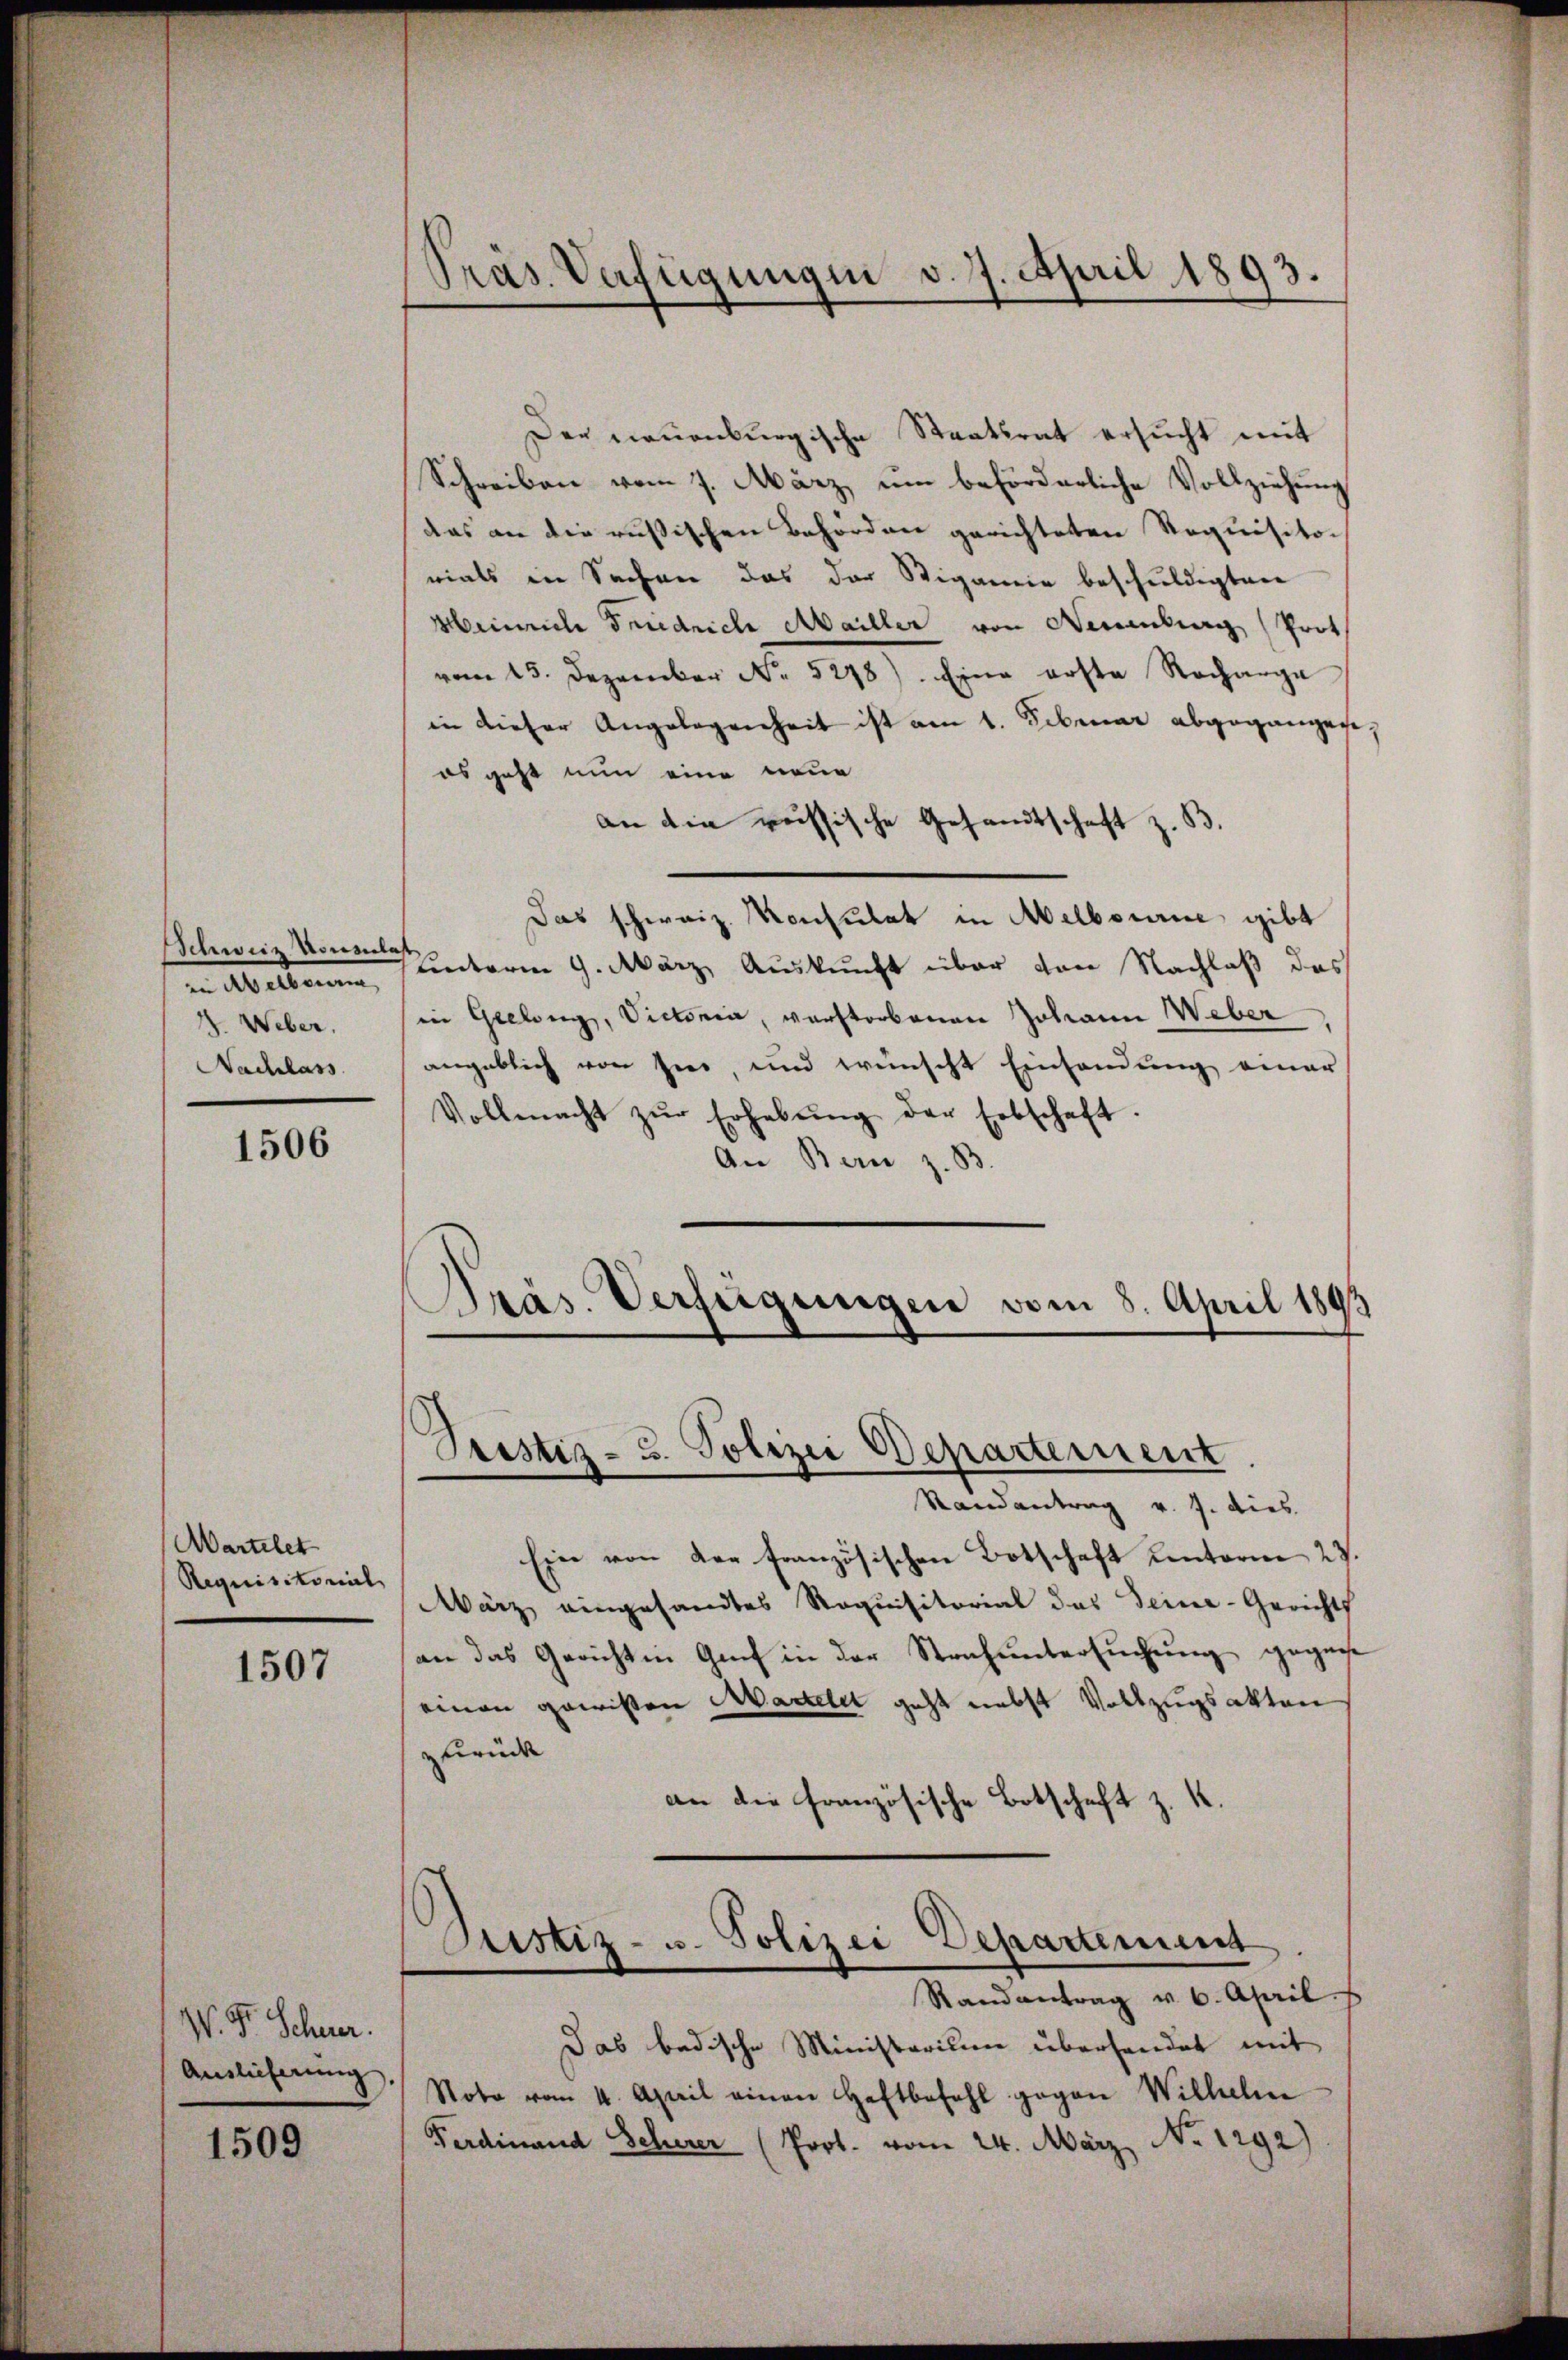
Präs. Verfügungen v. 7. April 1893.

Der neuenburgische Staatsrat ersucht mit
Schreiben vom 7. März, um beförderliche Vollziehung
das an die russischen Behörden gerichteten Requisitorials in Sachen das der Stigamie beschuldigten
Heinrich Friedrich Mailler von Neuenburg (Prot
vom 15. Dezember No. 5278). Eine erste Recharge
in dieser Angelegenheit ist am 1. Februar abgegangen.
es geht nun eine neue
an die russische Gesandtschaft z. B
Das schweiz. Konsulat in Melbourne gibt
in Melben, unterm 9. März Auskunft über von Nachlaß das
in Geelang, Victoria, verstorbenen Johann Weber
angeblich von hier, und wünscht Einsendung einer
Vollmacht zŭr Erhebŭng der Erbschaft.
An Bern z. B.
Präs. Verfügungen vom 8. April 1893

Schweiz Sonenlas
1. Weber.
Nachlass

1506

Tristiz- u. Polizei Departement
Randantrag v. J. dies

Ein von der französischen Botschaft unterm 23.
März eingesandtes Requisitorial das Seine-Gerichts
an das Gericht in Genf in der Strafuntersuchung gegene
einen gewissen Martelet geht nebst Vollzugsakten
zurück
an die französische Botschaft z. K.

Wartelet
Requisitorial

1507

Bustiz- u. Polizei Departement
Randantrag v. 6. April.

Das bedische Ministerium überhandet mit
Note vom 4. April einen Haftbefehl gegen Wilhelm
Ferdinand Scherer (Prot. vom 24. März, No 1292)

W. Dr. Schuer.
Auslieferung

1509